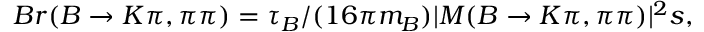
B r ( B \to K \pi , \pi \pi ) = \tau _ { B } / ( 1 6 \pi m _ { B } ) | { \cal M ( B \to K \pi , \pi \pi ) } | ^ { 2 } s ,